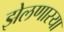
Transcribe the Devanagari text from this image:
झेलणारया